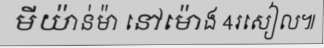
មីយ៉ាន់ម៉ា នៅម៉ោង 4រសៀល៕